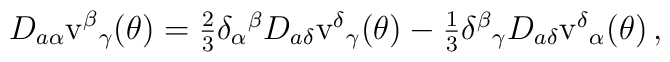
D_{a\alpha}{\rm v}^{\beta}{}_{\gamma}(\theta)=\textstyle{\frac{2}{3}}\delta_{\alpha}{}^{\beta}D_{a\delta}{\rm v}^{\delta}{}_{\gamma}(\theta)-\textstyle{\frac{1}{3}}\delta^{\beta}{}_{\gamma}D_{a\delta}{\rm v}^{\delta}{}_{\alpha}(\theta)\,,